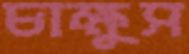
চাক্ষুস